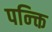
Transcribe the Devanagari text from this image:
पन्क्ति